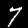
Label: 7